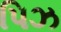
પિઝ